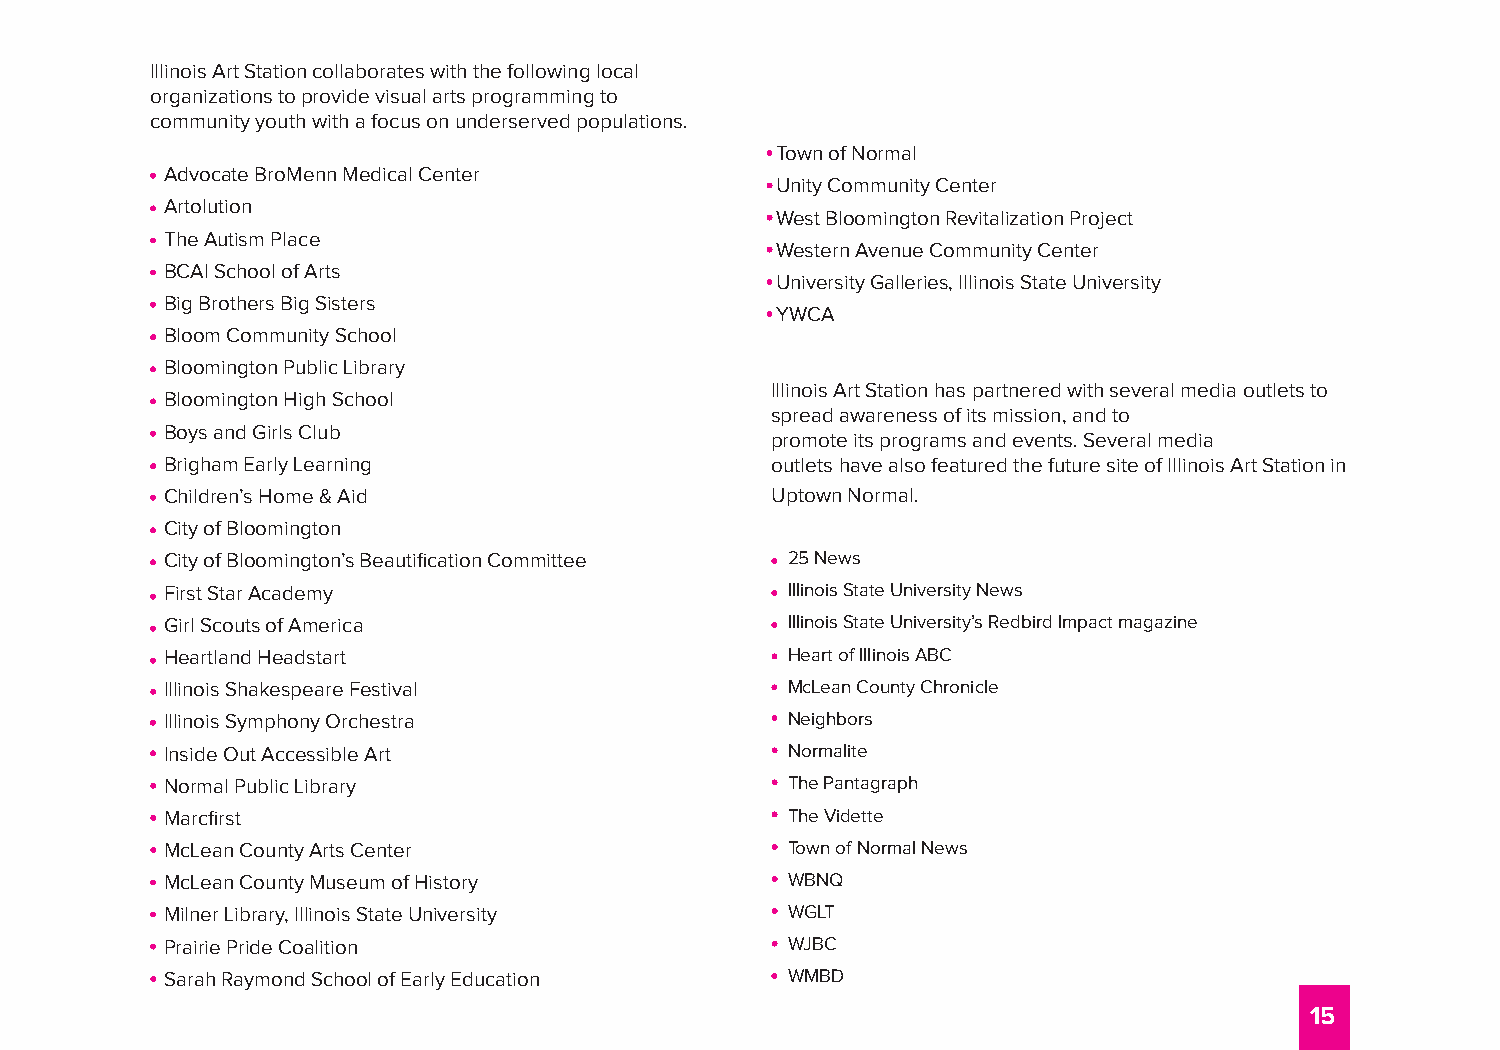
Illinois Art Station collaborates with the following local
 organizations to provide visual arts programming to
 community youth with a focus on underserved populations.
 Town of Normal
 Advocate BroMenn Medical Center
 Unity Community Center
 Artolution
 West Bloomington Revitalization Project
 The Autism Place
 Western Avenue Community Center
 BCAI School of Arts
 University Galleries, Illinois State University
 Big Brothers Big Sisters
 YWCA
 Bloom Community School
 Bloomington Public Library
 Illinois Art Station has partnered with several media outlets to
 Bloomington High School
 spread awareness of its mission, and to
 Boys and Girls Club
 promote its programs and events. Several media
 Brigham Early Learning                  outlets have also featured the future site of Illinois Art Station in
 Children’s Home & Aid                   Uptown Normal.
 City of Bloomington
 City of Bloomington’s Beautification Committee 25 News
 First Star Academy                       Illinois State University News
 Girl Scouts of America                   Illinois State University’s Redbird Impact magazine
 Heartland Headstart                      Heart of Illinois ABC
 Illinois Shakespeare Festival            McLean County Chronicle
 Illinois Symphony Orchestra              Neighbors
 Inside Out Accessible Art                Normalite
 Normal Public Library                    The Pantagraph
 Marcfirst                                The Vidette
 McLean County Arts Center                Town of Normal News
 McLean County Museum of History          WBNQ
 Milner Library, Illinois State University WGLT
 Prairie Pride Coalition                  WJBC
 Sarah Raymond School of Early Education  WMBD
 15